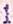
1